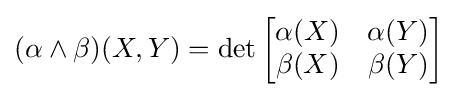
(\alpha \wedge \beta )(X,Y)=\det {\begin{bmatrix}\alpha (X)&\alpha (Y)\\\beta (X)&\beta (Y)\\\end{bmatrix}}